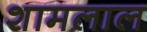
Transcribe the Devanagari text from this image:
शामलाल